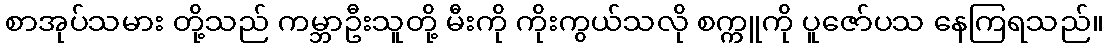
စာအုပ်သမား တို့သည် ကမ္ဘာဦးသူတို့ မီးကို ကိုးကွယ်သလို စက္ကူကို ပူဇော်ပသ နေကြရသည်။